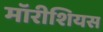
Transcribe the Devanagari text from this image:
मॉरीशियस